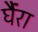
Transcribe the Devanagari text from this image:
र्घैंरा